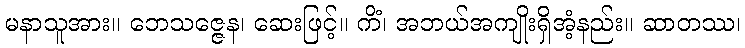
မနာသူအား။ ဘေသဇ္ဇေန၊ ဆေးဖြင့်။ ကိံ၊ အဘယ်အကျိုးရှိအံ့နည်း။ ဆာတဿ၊